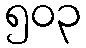
၅၀၃